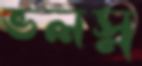
ভলস্ন